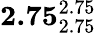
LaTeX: \mathbf{2.75}_{2.75}^{2.75}